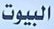
البیوت